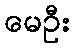
မေဦး